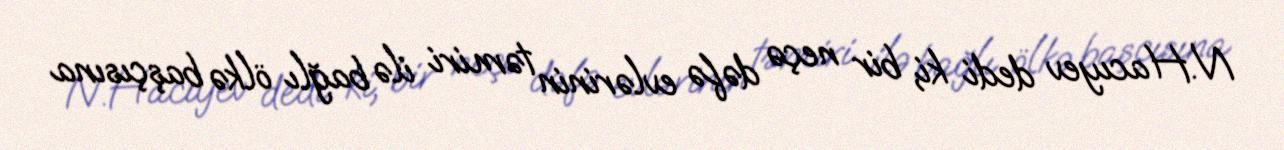
N.Hacıyev dedi ki, bir neçə dəfə evlərinin təmiri ilə bağlı ölkə başçısına